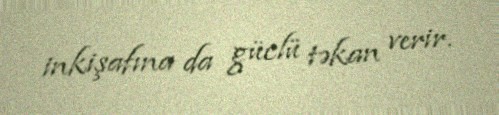
inkişafına da güclü təkan verir.